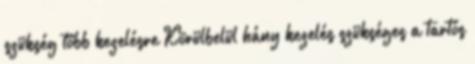
szükség több kezelésre Körülbelül hány kezelés szükséges a tartós